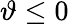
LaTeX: \vartheta\le 0